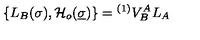
\{ L _ { B } ( \sigma ) , { \cal H } _ { o } ( \underline { { \sigma } } ) \} = { } ^ { ( 1 ) } V _ { B } ^ { A } L _ { A }